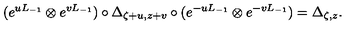
( e ^ { u L _ { - 1 } } \otimes e ^ { v L _ { - 1 } } ) \circ \Delta _ { \zeta + u , z + v } \circ ( e ^ { - u L _ { - 1 } } \otimes e ^ { - v L _ { - 1 } } ) = \Delta _ { \zeta , z } .